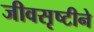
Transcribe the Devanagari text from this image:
जीवसृष्टीने